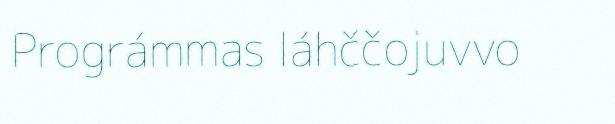
Prográmmas láhččojuvvo